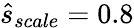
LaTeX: \hat{s}_{scale}=0.8